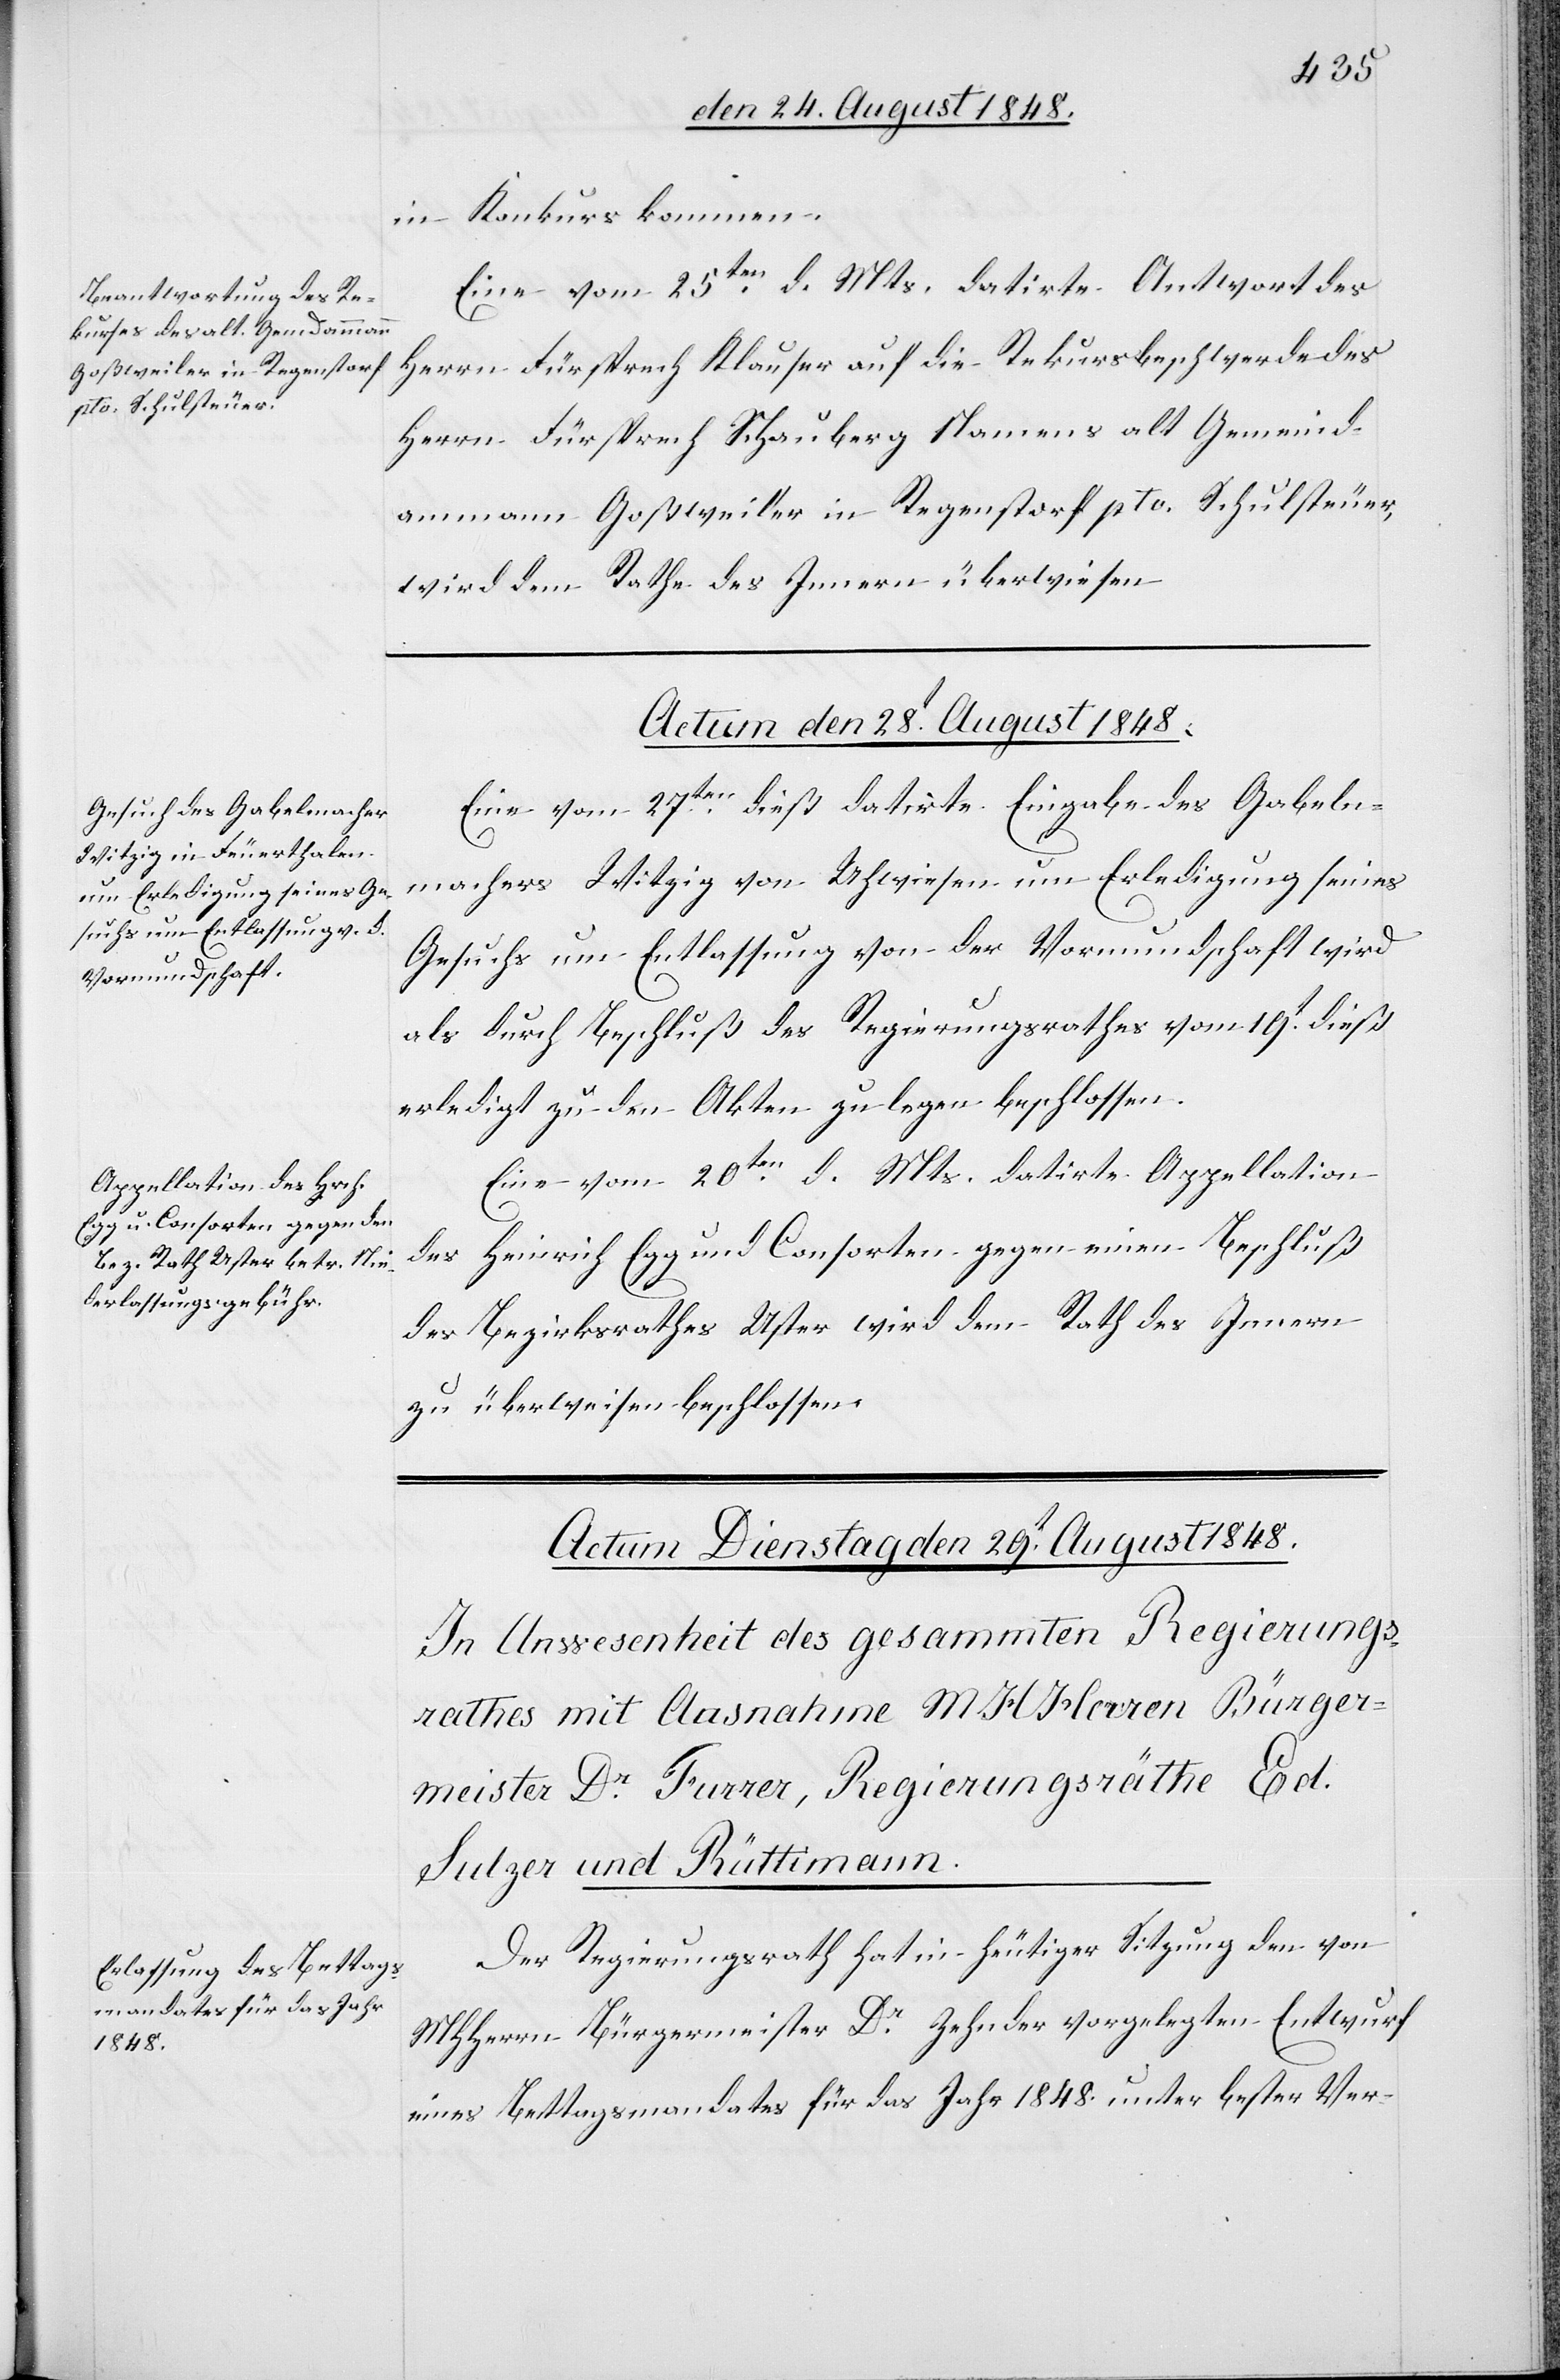
in Konkurs kommen.
Eine vom 25ten d. Mts. datirte Antwort des
Herrn Fürsprech Klauser auf die Rekursbeschwerde des
Herrn Fürsprech Schauberg Namens alt Gemeind¬
ammann Goßweiler in Regenstorf pto. Schulsteuer,
wird dem Rathe des Innern überwiesen.
Actum den 28t August 1848.]
Eine vom 27ten dieß datirte Eingabe des Gabeln¬
machers Witzig von Uhwiesen um Erledigung seines
Gesuchs um Entlassung von der Vormundschaft wird
als durch Beschluß des Regierungsrathe vom 19t dieß
erledigt zu den Akten zu legen beschlossen.
Eine vom 20ten d. Mts. datirte Appellation
des Heinrich Egg und Consorten gegen einen Beschluß
des Bezirksrathes Uster wird dem Rathe des Innern
zu überweisen beschlossen.
Der Regierungsrath hat in heutiger Sitzung den von
MHHerrn Bürgermeister Dr Zehnder vorgelegten Entwurf
eines Bettagsmandates für das Jahr 1848. unter bester Ver-